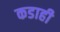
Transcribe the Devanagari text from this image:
कडाही